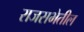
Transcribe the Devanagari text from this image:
राजसभेतील